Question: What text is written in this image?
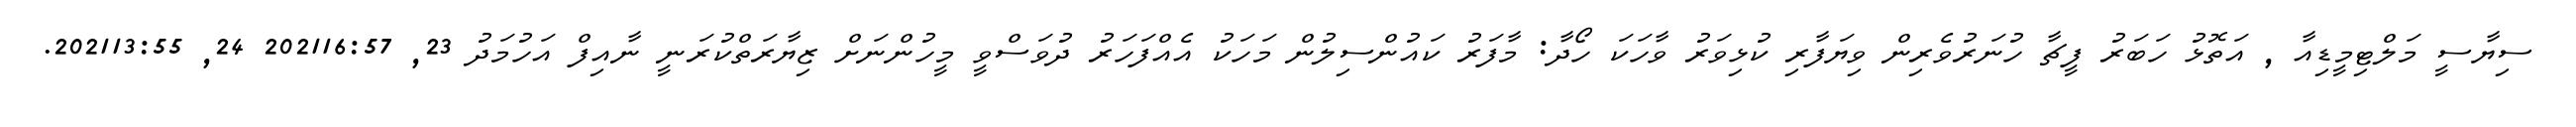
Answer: ސިޔާސީ މަލްޓިމީޑިއާ , އަތޮޅު ހަބަރު ފީޗާ ހުނަރުވެރިން ވިޔަފާރި ކުޅިވަރު ވާހަކަ ހޯދާ: މާފަރު ކައުންސިލުން މަހަކު އެއްފަހަރު ދުވަސްވީ މީހުންނަށް ޒިޔާރަތްކުރަނީ ނާއިފް އަހުމަދު 23, 202116:57 24, 202113:55.